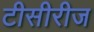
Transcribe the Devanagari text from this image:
टीसीरीज